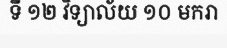
ទី ១២ វិទ្យាល័យ ១០ មករា